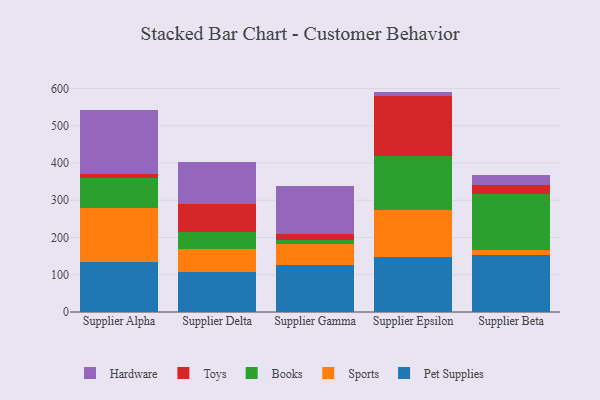
{"axis": {"x": "Supplier", "y": "Customer Acquisition Cost (USD)"}, "legend": ["Books", "Hardware", "Pet Supplies", "Sports", "Toys"], "data": [{"x": "Supplier Alpha", "y": 133.5, "type": "Pet Supplies"}, {"x": "Supplier Alpha", "y": 145.2, "type": "Sports"}, {"x": "Supplier Alpha", "y": 81.0, "type": "Books"}, {"x": "Supplier Alpha", "y": 11.2, "type": "Toys"}, {"x": "Supplier Alpha", "y": 172.4, "type": "Hardware"}, {"x": "Supplier Delta", "y": 107.4, "type": "Pet Supplies"}, {"x": "Supplier Delta", "y": 61.6, "type": "Sports"}, {"x": "Supplier Delta", "y": 46.2, "type": "Books"}, {"x": "Supplier Delta", "y": 73.6, "type": "Toys"}, {"x": "Supplier Delta", "y": 113.2, "type": "Hardware"}, {"x": "Supplier Gamma", "y": 125.6, "type": "Pet Supplies"}, {"x": "Supplier Gamma", "y": 55.7, "type": "Sports"}, {"x": "Supplier Gamma", "y": 11.5, "type": "Books"}, {"x": "Supplier Gamma", "y": 17.0, "type": "Toys"}, {"x": "Supplier Gamma", "y": 128.5, "type": "Hardware"}, {"x": "Supplier Epsilon", "y": 148.9, "type": "Pet Supplies"}, {"x": "Supplier Epsilon", "y": 126.2, "type": "Sports"}, {"x": "Supplier Epsilon", "y": 144.7, "type": "Books"}, {"x": "Supplier Epsilon", "y": 159.6, "type": "Toys"}, {"x": "Supplier Epsilon", "y": 12.4, "type": "Hardware"}, {"x": "Supplier Beta", "y": 153.0, "type": "Pet Supplies"}, {"x": "Supplier Beta", "y": 13.0, "type": "Sports"}, {"x": "Supplier Beta", "y": 149.7, "type": "Books"}, {"x": "Supplier Beta", "y": 24.9, "type": "Toys"}, {"x": "Supplier Beta", "y": 27.2, "type": "Hardware"}]}